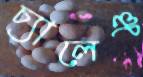
চ্যালেঞ্চ